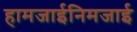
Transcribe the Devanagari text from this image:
हामजाईनिमजाई